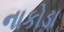
નાકોડા